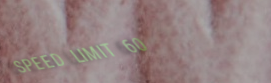
SPEED LIMIT 60